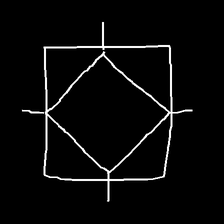
Glyph: light